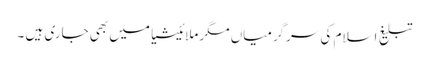
تبلیغِ اسلام کی سرگرمیاں مگر ملائیشیا میں بھی جاری ہیں ۔